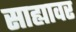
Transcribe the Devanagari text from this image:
साह्यावर